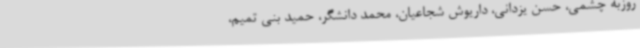
روزبه چشمی، حسن یزدانی، داریوش شجاعیان، محمد دانشگر، حمید بنی تمیم،